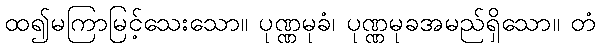
ထ၍မကြာမြင့်သေးသော။ ပုဏ္ဏမုခံ၊ ပုဏ္ဏမုခအမည်ရှိသော။ တံ